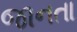
જાનતા